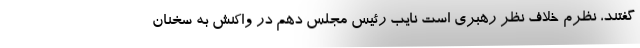
گفتند، نظرم خلاف نظر رهبری است نایب رئیس مجلس دهم در واکنش به سخنان